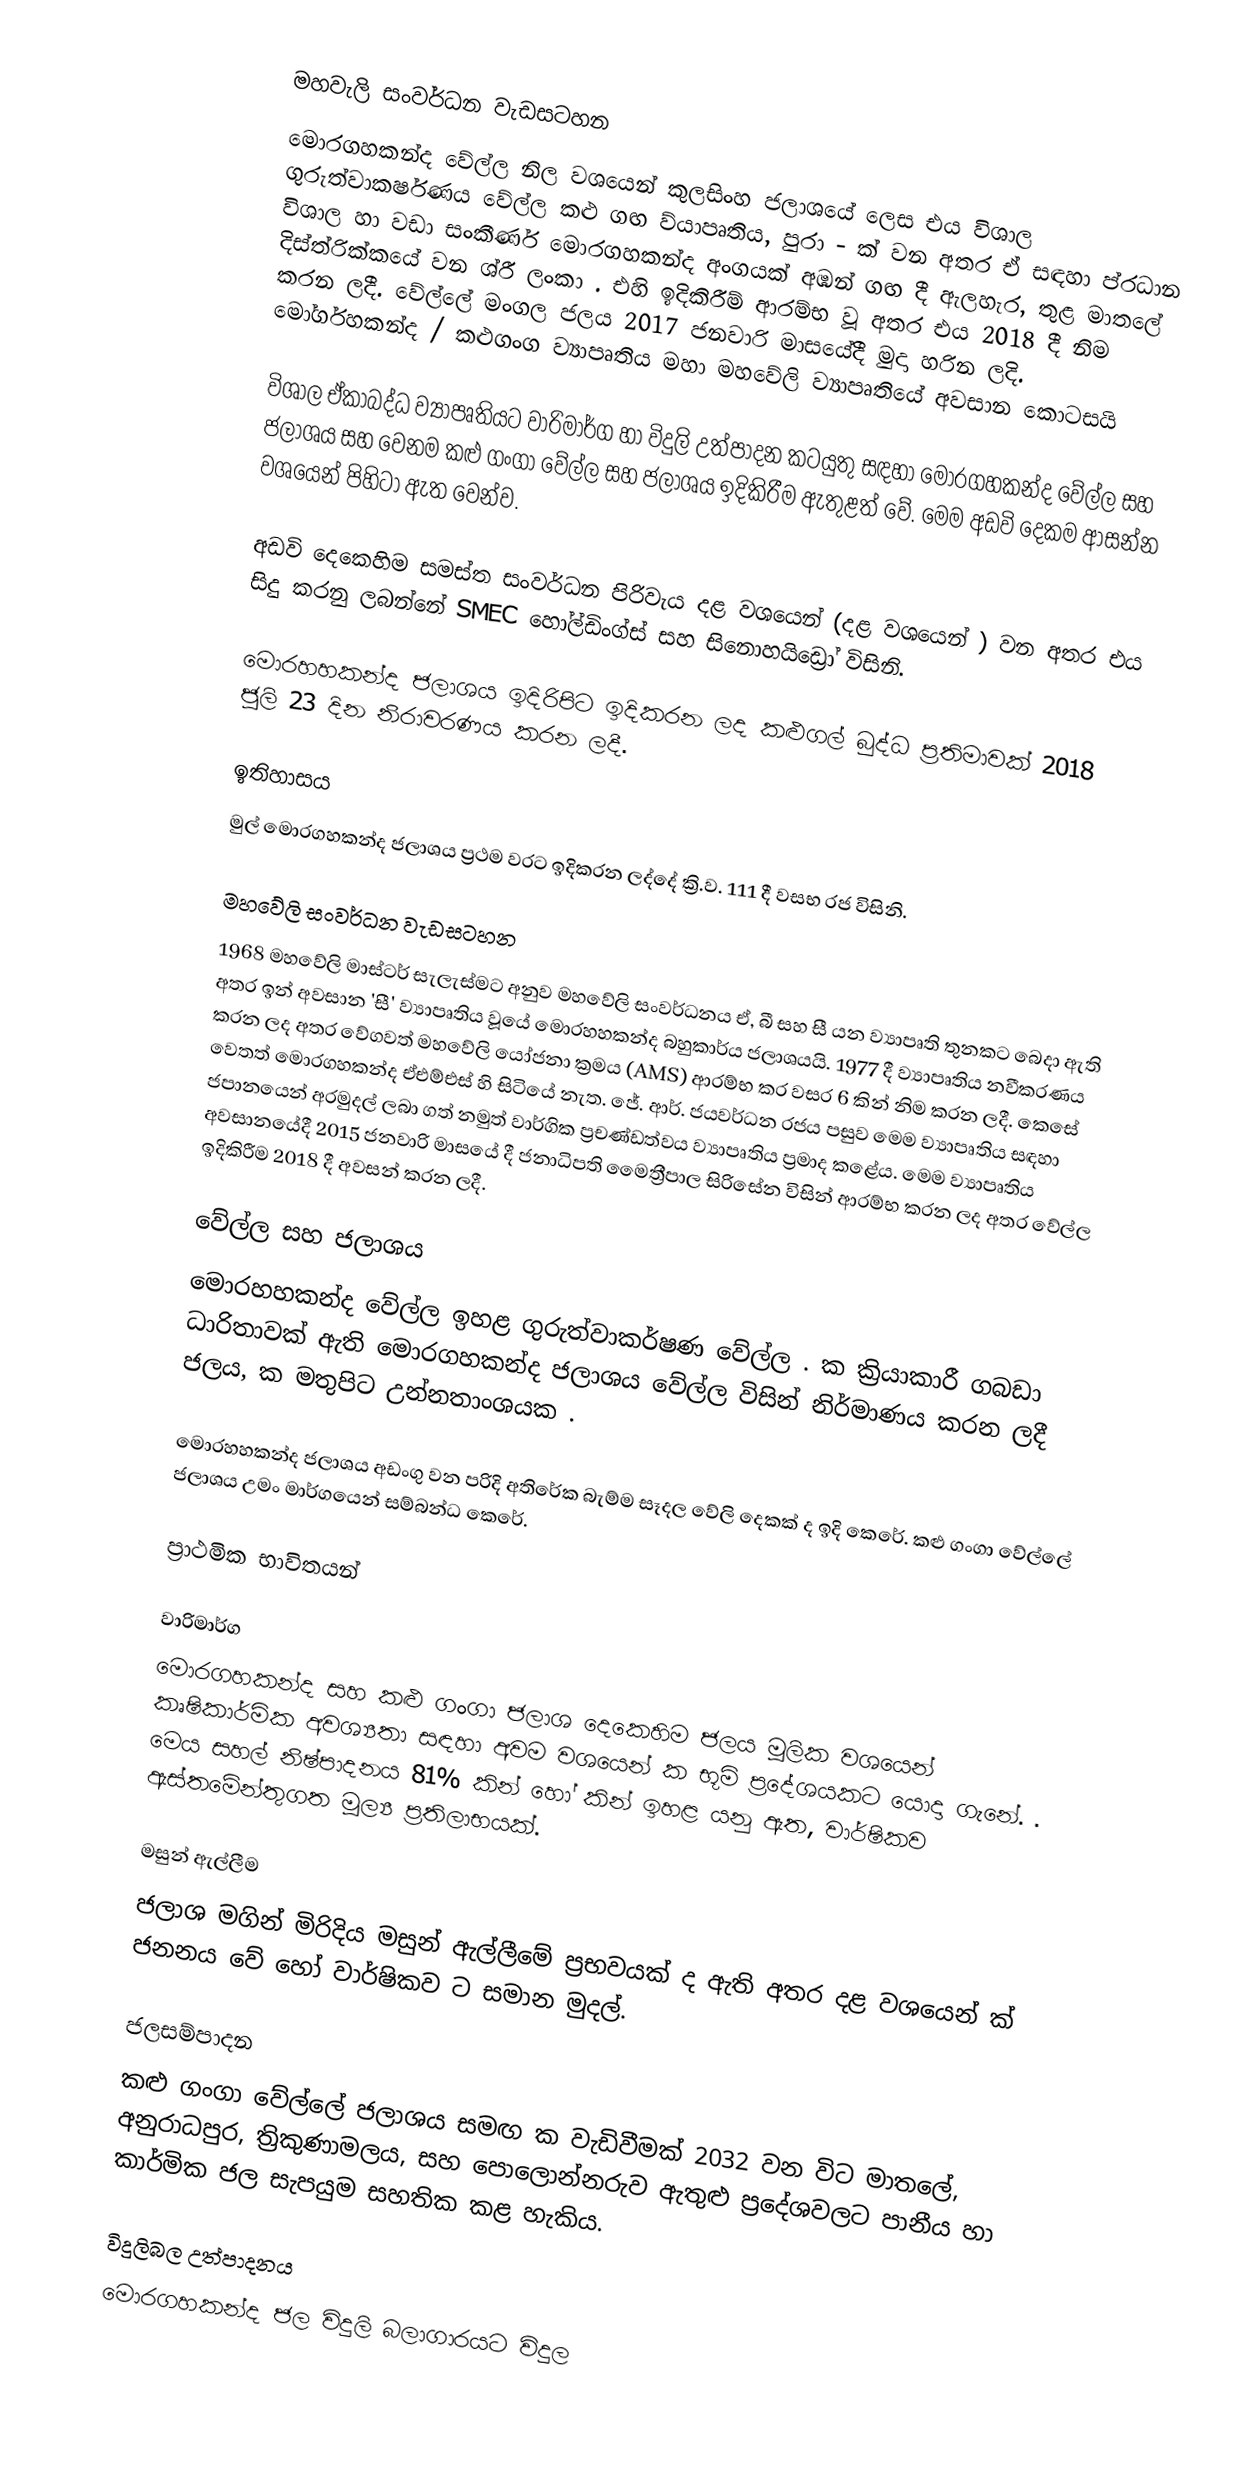
මහවැලි සංවර්ධන වැඩසටහන
මොරගහකන්ද වේල්ල  නිල වශයෙන් කුලසිංහ ජලාශයේ ලෙස  එය විශාල ගුරුත්වාකර්ෂණය වේල්ල කළු ගඟ ව්යාපෘතිය, පුරා - ක් වන අතර ඒ සඳහා ප්රධාන විශාල හා වඩා සංකීර්ණ මොරගහකන්ද අංගයක් අඹන් ගඟ දී ඇලහැර, තුළ මාතලේ දිස්ත්රික්කයේ වන ශ්රී ලංකා . එහි ඉදිකිරීම්  ආරම්භ වූ අතර එය 2018 දී නිම කරන ලදී.  වේල්ලේ මංගල ජලය 2017 ජනවාරි මාසයේදී මුදා හරින ලදි.  මෝර්ගහකන්ද / කළුගංග ව්‍යාපෘතිය මහා මහවේලි ව්‍යාපෘතියේ අවසාන කොටසයි

විශාල ඒකාබද්ධ ව්‍යාපෘතියට වාරිමාර්ග හා විදුලි උත්පාදන කටයුතු සඳහා මොරගහකන්ද වේල්ල සහ ජලාශය සහ වෙනම කළු ගංගා වේල්ල සහ ජලාශය ඉදිකිරීම ඇතුළත් වේ. මෙම අඩවි දෙකම ආසන්න වශයෙන්  පිහිටා ඇත වෙන්ව.

අඩවි දෙකෙහිම සමස්ත සංවර්ධන පිරිවැය දළ වශයෙන්  (දළ වශයෙන්  ) වන අතර එය සිදු කරනු ලබන්නේ SMEC හෝල්ඩිංග්ස් සහ සිනොහයිඩ්‍රෝ විසිනි.

මොරහහකන්ද ජලාශය ඉදිරිපිට ඉදිකරන ලද කළුගල් බුද්ධ ප්‍රතිමාවක් 2018 ජූලි 23 දින නිරාවරණය කරන ලදී.

ඉතිහාසය
මුල් මොරගහකන්ද ජලාශය ප්‍රථම වරට ඉදිකරන ලද්දේ ක්‍රි.ව. 111 දී  වසභ රජ විසිනි.

මහවේලි සංවර්ධන වැඩසටහන
1968 මහවේලි මාස්ටර් සැලැස්මට අනුව මහවේලි සංවර්ධනය ඒ, බී සහ සී යන ව්‍යාපෘති තුනකට බෙදා ඇති අතර ඉන් අවසාන 'සී' ව්‍යාපෘතිය වූයේ මොරහහකන්ද බහුකාර්ය ජලාශයයි. 1977 දී ව්‍යාපෘතිය නවීකරණය කරන ලද අතර වේගවත් මහවේලි යෝජනා ක්‍රමය (AMS) ආරම්භ කර වසර 6 කින් නිම කරන ලදී. කෙසේ වෙතත් මොරගහකන්ද ඒඑම්එස් හි සිටියේ නැත. ජේ. ආර්. ජයවර්ධන රජය පසුව මෙම ව්‍යාපෘතිය සඳහා ජපානයෙන් අරමුදල් ලබා ගත් නමුත් වාර්ගික ප්‍රචණ්ඩත්වය ව්‍යාපෘතිය ප්‍රමාද කළේය. මෙම ව්‍යාපෘතිය අවසානයේදී 2015 ජනවාරි මාසයේ දී ජනාධිපති මෛත්‍රීපාල සිරිසේන විසින් ආරම්භ කරන ලද අතර වේල්ල ඉදිකිරීම 2018 දී අවසන් කරන ලදී.

වේල්ල සහ ජලාශය
මොරහහකන්ද වේල්ල  ඉහළ ගුරුත්වාකර්ෂණ වේල්ල .  ක ක්‍රියාකාරී ගබඩා ධාරිතාවක් ඇති මොරගහකන්ද ජලාශය වේල්ල විසින් නිර්මාණය කරන ලදී      ජලය,   ක මතුපිට උන්නතාංශයක .

මොරහහකන්ද ජලාශය අඩංගු වන පරිදි අතිරේක බැම්ම සෑදල වේලි දෙකක් ද ඉදි කෙරේ. කළු ගංගා වේල්ලේ ජලාශය උමං මාර්ගයෙන් සම්බන්ධ කෙරේ.

ප්‍රාථමික භාවිතයන්

වාරිමාර්ග
මොරගහකන්ද සහ කළු ගංගා ජලාශ දෙකෙහිම ජලය මූලික වශයෙන් කෘෂිකාර්මික අවශ්‍යතා සඳහා අවම වශයෙන්  ක භූමි ප්‍රදේශයකට යොදා ගැනේ.   . මෙය සහල් නිෂ්පාදනය 81% කින් හෝ  කින් ඉහළ යනු ඇත, වාර්ෂිකව  ඇස්තමේන්තුගත මූල්‍ය ප්‍රතිලාභයක්.

මසුන් ඇල්ලීම
ජලාශ මගින් මිරිදිය මසුන් ඇල්ලීමේ ප්‍රභවයක් ද ඇති අතර දළ වශයෙන්  ක් ජනනය වේ හෝ වාර්ෂිකව  ට සමාන මුදල්.

ජලසම්පාදන
කළු ගංගා වේල්ලේ ජලාශය සමඟ  ක වැඩිවීමක්      2032 වන විට මාතලේ, අනුරාධපුර, ත්‍රිකුණාමලය, සහ පොලොන්නරුව ඇතුළු ප්‍රදේශවලට පානීය හා කාර්මික ජල සැපයුම සහතික කළ හැකිය.

විදුලිබල උත්පාදනය
 මොරගහකන්ද ජල විදුලි බලාගාරයට විදුල